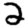
Digit: 2